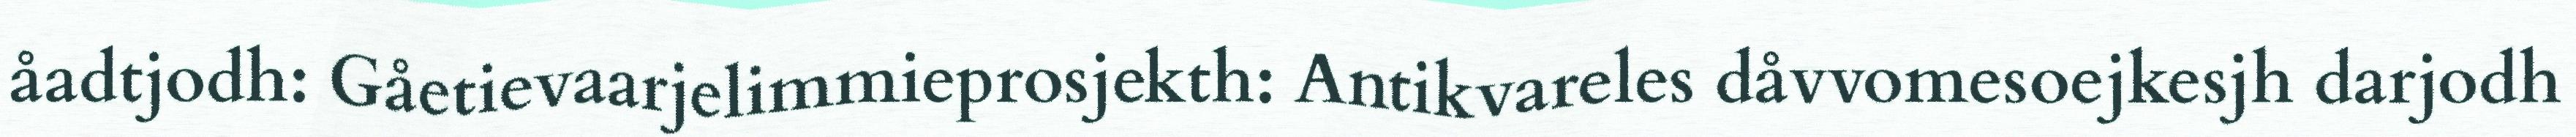
åadtjodh: Gåetievaarjelimmieprosjekth: Antikvareles dåvvomesoejkesjh darjodh